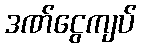
ဒဏ်ငွေကျပ်